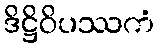
ဒိဋ္ဌိဝိပဿကံ